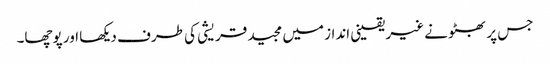
جس پر بھٹو نے غیر یقینی انداز میں مجید قریشی کی طرف دیکھا اور پوچھا۔